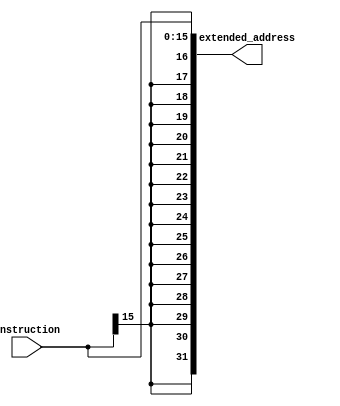
`timescale 1ns / 1ps
//////////////////////////////////////////////////////////////////////////////////
// Company: 
// Engineer: 
// 
// Design Name: 
// Module Name: Sign_Extension
// Project Name: 
// Target Devices: 
// Tool Versions: 
// Description: 
// 
// Dependencies: 
// 
// Revision:
// Revision 0.01 - File Created
// Additional Comments:
// 
//////////////////////////////////////////////////////////////////////////////////


module Sign_Extension(input [15:0] instruction, output [31:0] extended_address);

assign extended_address = $signed(instruction);


endmodule